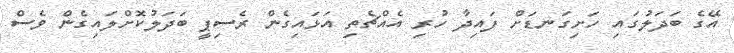
އޭގެ ބަދަލުގައި ހަށިގަނޑަށް ފައިދާ ހުރި އެއްޗެތި އަޅައިގެން ރެސިޕީ ބަދަލުކޮށްލައިގެން ވެސް